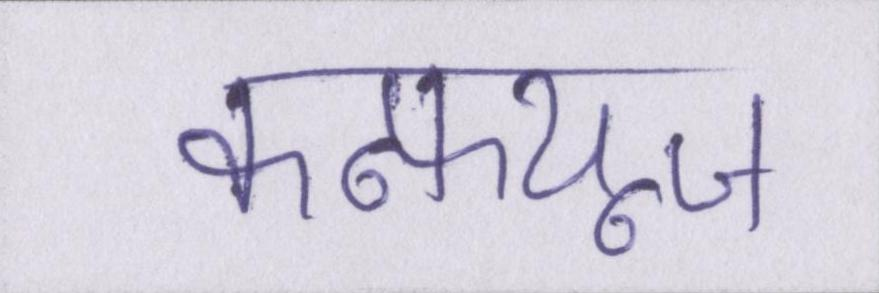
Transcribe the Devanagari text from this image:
कन्फ्यूज